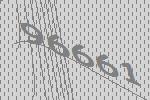
96661